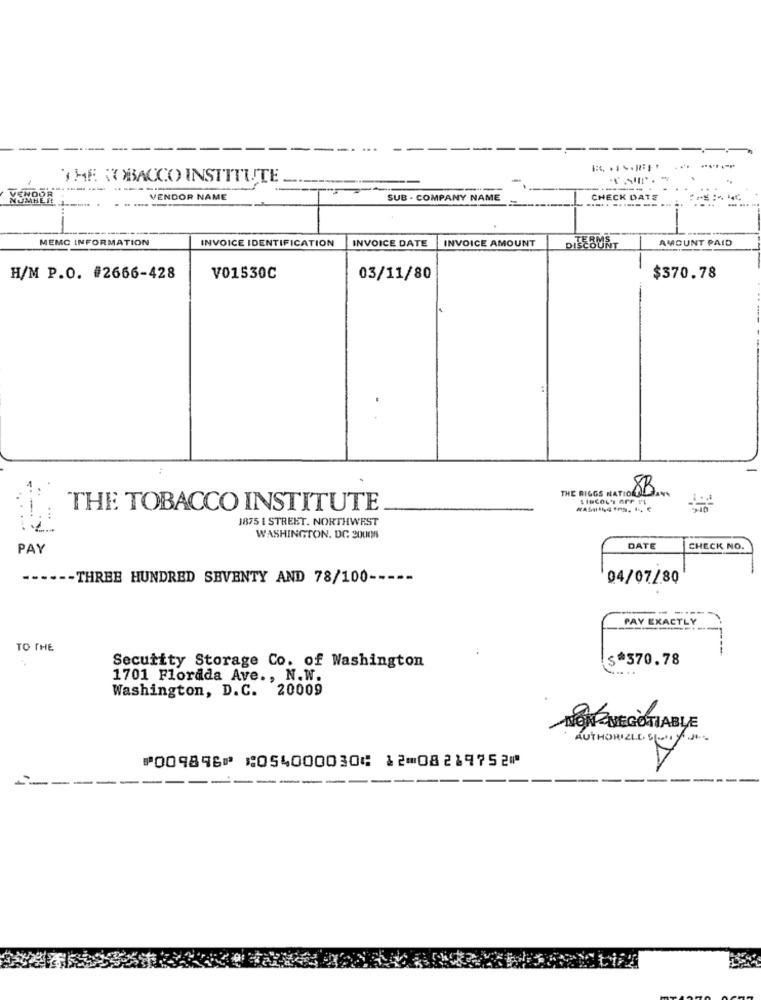
THE TOBACCO INSTITUTE
NUMH
VENDOR
VENDOR NAME
SUB - COMPANY NAME
CHECK DATE
-
MEMC INFORMATION
INVOICE IDENTIFICATION
INVOICE DATE
INVOICE AMOUNT
AMOUNT PAID
H/M P.O. #2666-428
V01530C
03/11/80
$370.78
THE RIGGS NATIONAL
THE TOBACCO INSTITUTE
1875 I STREET. NORTHWEST
WASHINGTON, DC 20008
PAY
DATE
CHECK NO.
--
.-- THREE HUNDRED SEVENTY AND 78/100-
04/07/80
PAY EXACTLY
TO THE
Security Storage Co. of Washington
$*370.78
...
1701 Florida Ave ., N.W.
Washington, D.C. 20009
NON NEGOTIABLE
AUTHORIZED SON/2
⑈009896⑈ ⑆054000030⑆ 12⑉08219752⑈